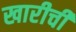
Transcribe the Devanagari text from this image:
खारीची